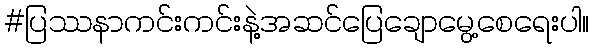
#ပြဿနာကင်းကင်းနဲ့အဆင်ပြေချောမွေ့စေရေးပါ။